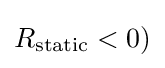
R_{\text{static}}<0)